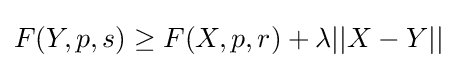
F(Y,p,s)\geq F(X,p,r)+\lambda ||X-Y||